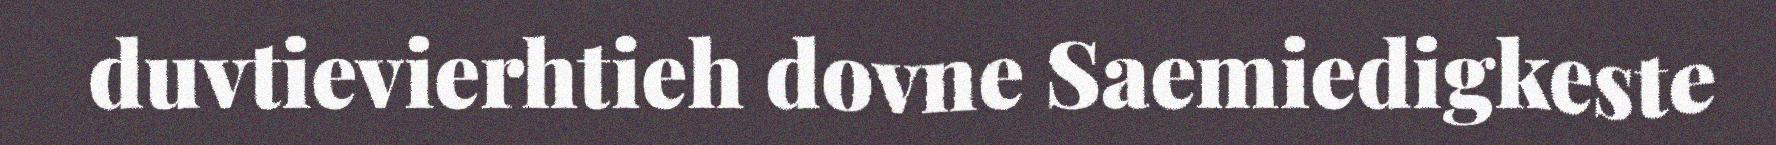
duvtievierhtieh dovne Saemiedigkeste